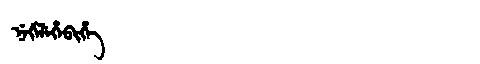
Manchu: ᠨᡝᡤᡝᠯᡝᡥᡝᠪᡳᡥᡝ
Romanization: NEGELEHEBIHE